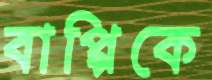
বাপ্পিকে